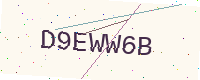
Text: D9EWW6B